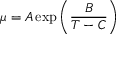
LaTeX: \mu = A \exp \left( { \frac { B } { T - C } } \right)